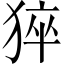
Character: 猝